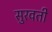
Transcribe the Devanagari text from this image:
सुरवती